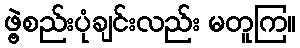
ဖွဲ့စည်းပုံချင်းလည်း မတူကြ။